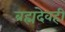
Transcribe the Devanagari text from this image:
ब्रह्मदेवही